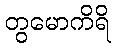
တွမောကိရိ